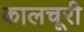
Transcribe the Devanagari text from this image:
कालचूरी